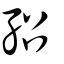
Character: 𡥙